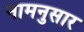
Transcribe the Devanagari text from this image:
नामनुसार